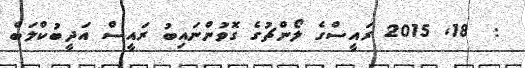
:  18